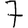
Digit: 7